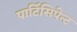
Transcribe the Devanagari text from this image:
पार्टिसिपेन्ट